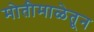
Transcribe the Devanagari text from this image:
मोतीमाळेतून